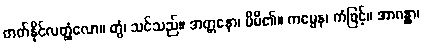
တတ်နိုင်လတ္တံ့လော။ တွံ၊ သင်သည်။ အတ္တနော၊ မိမိ၏။ ကမ္မေန၊ ကံဖြင့်။ အာဂန္တွာ၊